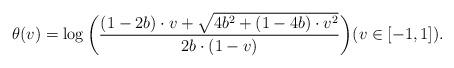
LaTeX: \begin{align*}\theta(v)=\log\bigg(\frac{(1 - 2b)\cdot v + \sqrt{4b^2 + (1-4b)\cdot v^2}}{2b\cdot(1-v)}\bigg) (v\in[-1,1]).\end{align*}